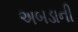
અબડાની